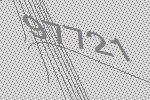
97721